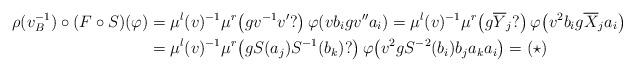
LaTeX: \begin{align*}\rho(v_B^{-1}) \circ (F \circ S)(\varphi) &= \mu^l(v)^{-1} \mu^r\!\left(gv^{-1}v'?\right) \varphi\!\left( v b_i g v'' a_i \right) = \mu^l(v)^{-1} \mu^r\!\left(g\overline{Y}_j?\right) \varphi\!\left( v^2 b_i g \overline{X}_j a_i \right)\\&= \mu^l(v)^{-1} \mu^r\!\left(g S(a_j)S^{-1}(b_k)?\right) \varphi\!\left( v^2 g S^{-2}(b_i) b_j a_k a_i \right) = (\star)\end{align*}